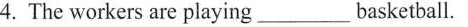
4.The workers are playing_basketball.